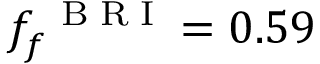
f _ { f } ^ { \mathrm { ~ \tiny ~ B ~ R ~ I ~ } } = 0 . 5 9